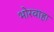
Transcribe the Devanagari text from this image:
भोरवाहा